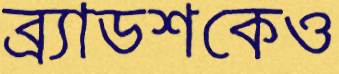
ব্র্যাডশকেও